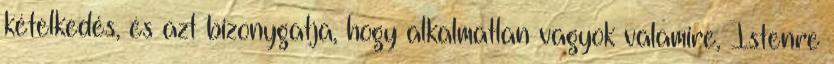
kételkedés, és azt bizonygatja, hogy alkalmatlan vagyok valamire, Istenre